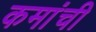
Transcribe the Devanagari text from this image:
कमांची